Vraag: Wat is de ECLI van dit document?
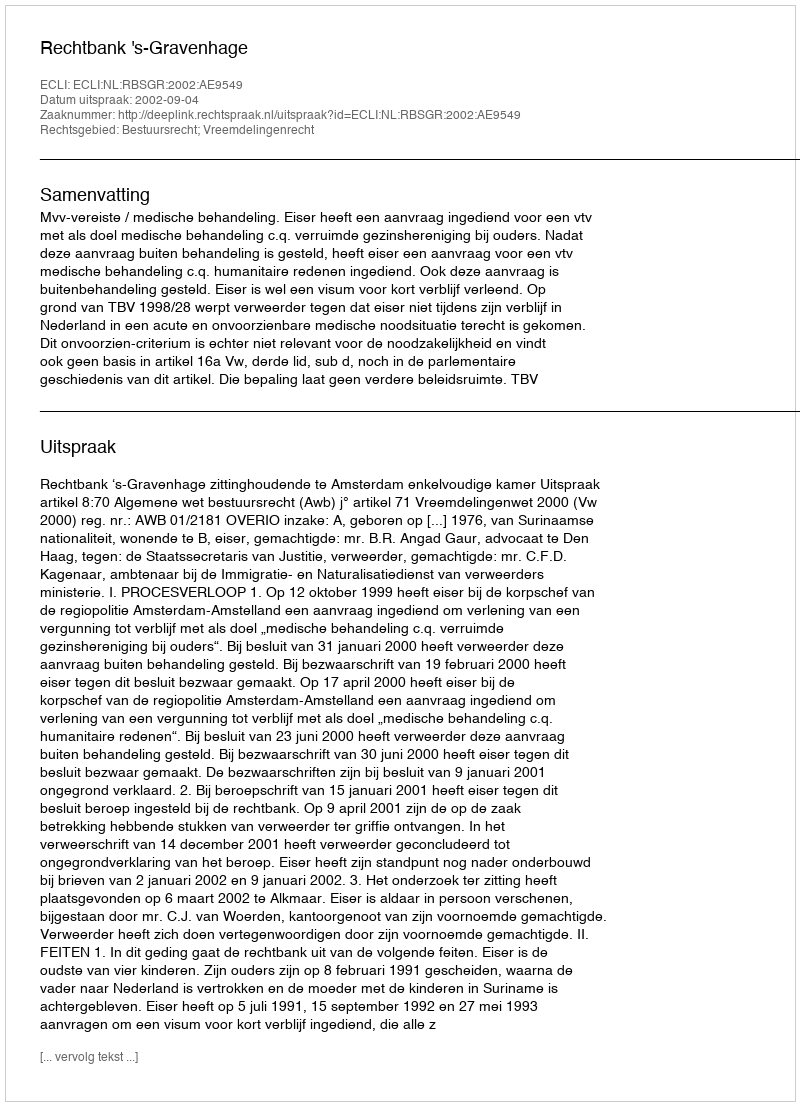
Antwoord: ECLI:NL:RBSGR:2002:AE9549